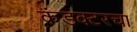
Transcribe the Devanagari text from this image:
कंडक्टरचा